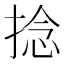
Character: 捻